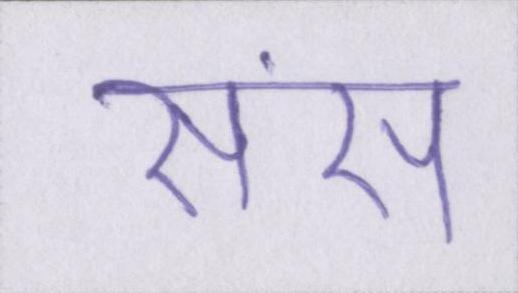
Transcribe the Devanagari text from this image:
संस